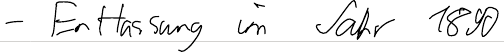
- Entlassung im Jahr 1890